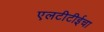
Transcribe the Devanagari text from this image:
एलटीटीईचा